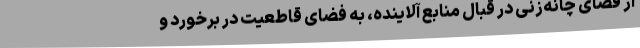
از فضای چانه‌زنی در قبال منابع آلاینده، به فضای قاطعیت در برخورد و